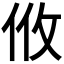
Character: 𢻺